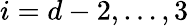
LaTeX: i=d-2,\ldots,3